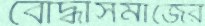
বোদ্ধাসমাজের